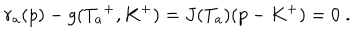
r _ { a } ( p ) - g ( { T _ { a } } ^ { + } , K ^ { + } ) = J ( T _ { a } ) ( p - K ^ { + } ) = 0 \; .